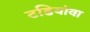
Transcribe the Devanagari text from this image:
टडियांवा